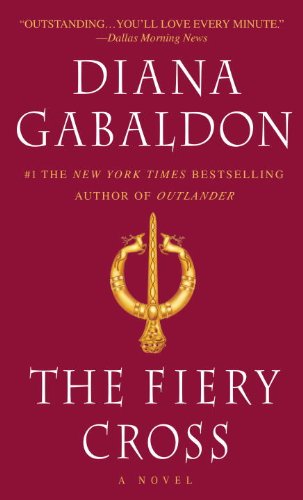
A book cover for The Fiery Cross (Outlander); Diana Gabaldon; Science Fiction & Fantasy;